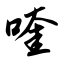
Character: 喹